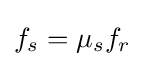
f_{s}={\mu }_{s}f_{r}